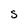
Character: S